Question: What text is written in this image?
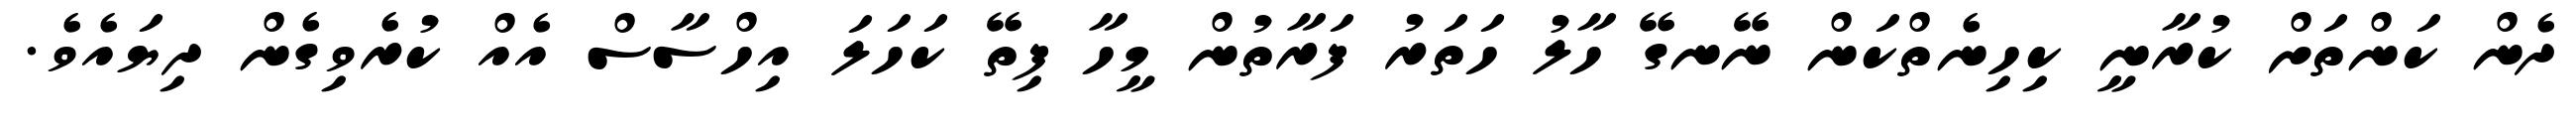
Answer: ދެން ކަންތަށް ކުރާނީ ކިހިނެތްކަން ނޭނގޭ ހާލު ހަތަރު ފަރާތުން މީހާ ފިތޭ ކަހަލަ އިހްސާސް އެއް ކުރެވިގެން ދިޔައެވެ.